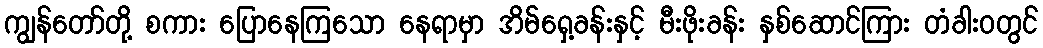
ကျွန်တော်တို့ စကား ပြောနေကြသော နေရာမှာ အိမ်ရှေ့ခန်းနှင့် မီးဖိုးခန်း နှစ်ဆောင်ကြား တံခါးဝတွင်